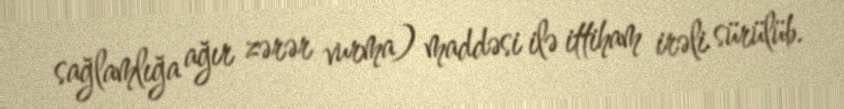
sağlamlığa ağır zərər vurma) maddəsi ilə ittiham irəli sürülüb.